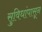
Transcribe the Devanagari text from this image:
सुविधांपासून